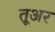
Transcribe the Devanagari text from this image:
तूअर